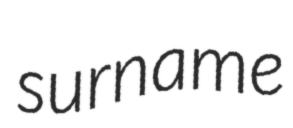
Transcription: surname